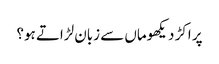
پر اکڑ دیکھوماں سے زبان لڑاتے ہو؟